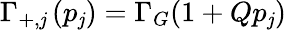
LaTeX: \Gamma_{+,\mathit{j}}\left(p_{\mathit{j}}\right)=\Gamma_{G}(1+Qp_{\mathit{j}})